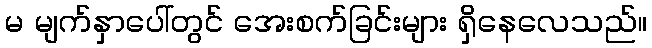
မ မျက်နှာပေါ်တွင် အေးစက်ခြင်းများ ရှိနေလေသည်။